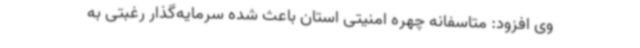
وی افزود: متاسفانه چهره امنیتی استان باعث شده سرمایه‌گذار رغبتی به